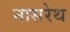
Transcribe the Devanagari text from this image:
नासरेथ